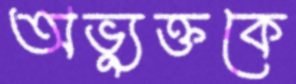
অভ্যুক্তকে